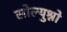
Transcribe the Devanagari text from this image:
सोल्युश्नो